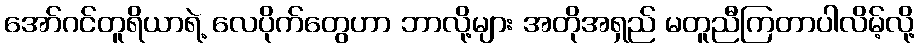
အော်ဂင်တူရိယာရဲ့ လေပိုက်တွေဟာ ဘာလို့များ အတိုအရှည် မတူညီကြတာပါလိမ့်လို့